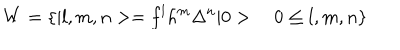
LaTeX: W = \{ \vert l , m , n > = f ^ { l } h ^ { m } \Delta ^ { n } \vert 0 > 0 \leq l , m , n \}